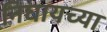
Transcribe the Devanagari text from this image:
निघायच्या